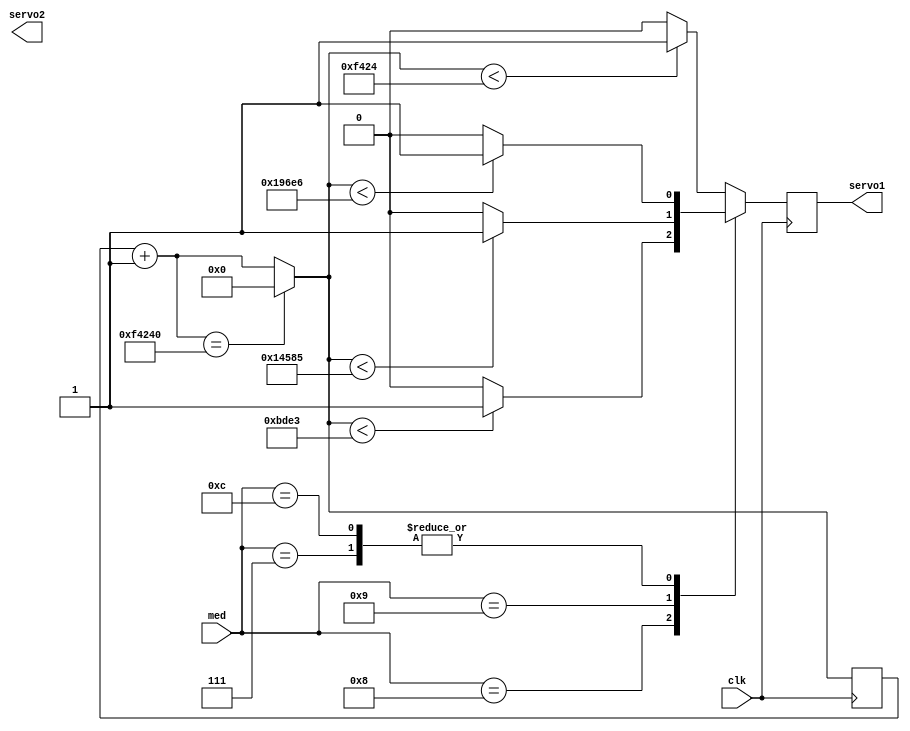
module PWM(clk, servo1, servo2, med);
input clk;
input [3:0]med;
output reg servo1;
output reg servo2;

reg [21:0]contador = 0;
reg [1:0]state = 0;


always@(posedge clk)begin

	contador = contador + 1;
	if(contador =='d1_000_000) begin
	contador = 0;
	end
	
	
	case(med)
	
	4'h7: servo1 = (contador < 'd104166) ? 1:0;
	
	4'h8: servo1 = (contador < 'd48611) ? 1:0;
	
	4'h9: servo1 = (contador < 'd83333) ? 1:0;
	
	4'hC: servo1 = (contador < 'd104166) ? 1:0;
	
	default: servo1 = (contador < 'd62500) ? 1:0;
	
	endcase
end
endmodule